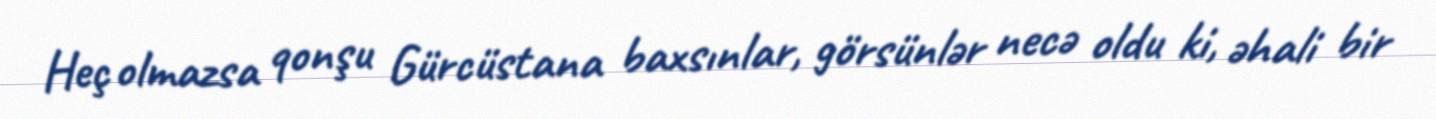
Heç olmazsa qonşu Gürcüstana baxsınlar, görsünlər necə oldu ki, əhali bir